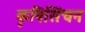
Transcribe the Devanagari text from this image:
कृषिसिंचन